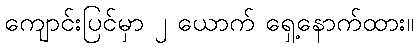
ကျောင်းပြင်မှာ ၂ ယောက် ရှေ့နောက်ထား။